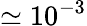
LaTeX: \simeq 10^{-3}